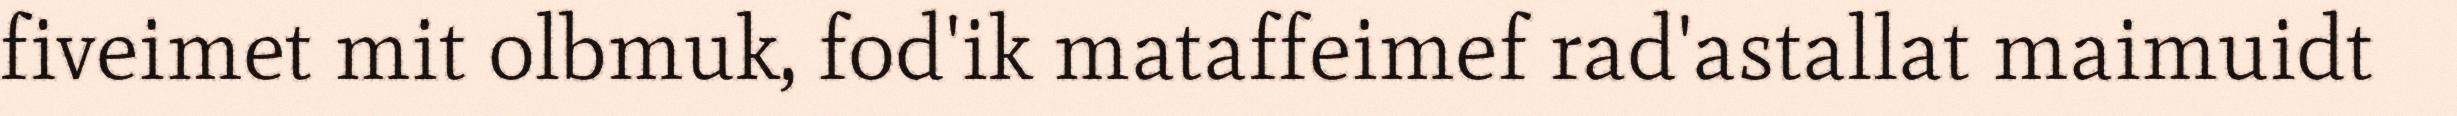
fiveimet mit olbmuk, fod'ik mataffeimef rad'astallat maimuidt